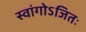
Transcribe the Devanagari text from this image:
स्वांगोऽजितः